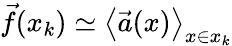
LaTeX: \vec{f}(x_{k})\simeq\left<\vec{a}(x)\right>_{x\in x_{k}}